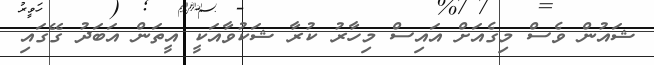
ޝައުން ވެސް މިގެއަށް އައިސް މިހާރު ކުރާ ޝަކުވާއަކީ އީތަން އަބަދު ގޭގައި